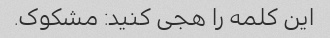
این کلمه را هجی کنید: مشکوک.